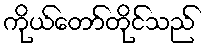
ကိုယ်တော်တိုင်သည်